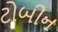
ટોબીન